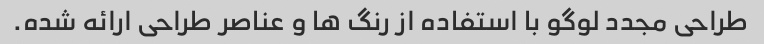
طراحی مجدد لوگو با استفاده از رنگ ها و عناصر طراحی ارائه شده.